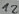
Text: 12